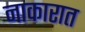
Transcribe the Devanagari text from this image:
नाकारात